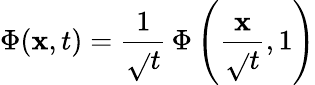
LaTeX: \Phi(\mathbf{x},t)={\frac{{1}}{{\sqrt{}{{t}}}}}\, \Phi\left({\frac{{\mathbf{x}}}{{\sqrt{}{{t}}}}},1\right)